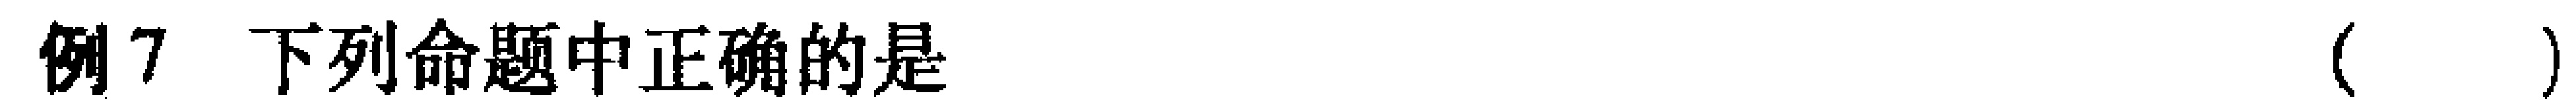
例7 下列命题中正确的是（  ）